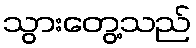
သွားတွေ့သည်